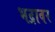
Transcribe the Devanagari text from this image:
भद्रावर